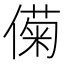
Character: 𫣟